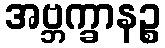
အဗ္ဘက္ခာနဉ္စ